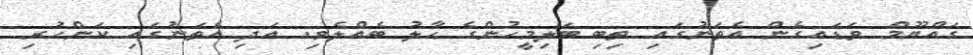
ގައްޔޫމް ވަޑައިގެން އެތަނުގައި ތިބި ބަލިމީހުންގެ ޙާލު ބެއްލެވި. އަދި އެތަނުގައި ކަންހުރި